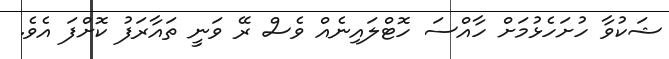
ޝަކުވާ ހުށަހެޅުމަށް ހާއްސަ ހޮޓްލައިނެއް ވެސް ރޭ ވަނީ ތައާރަފު ކޮށްފަ އެވެ.